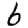
Digit: 6